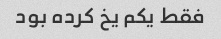
فقط یکم یخ کرده بود